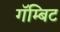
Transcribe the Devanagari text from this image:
गॅम्बिट